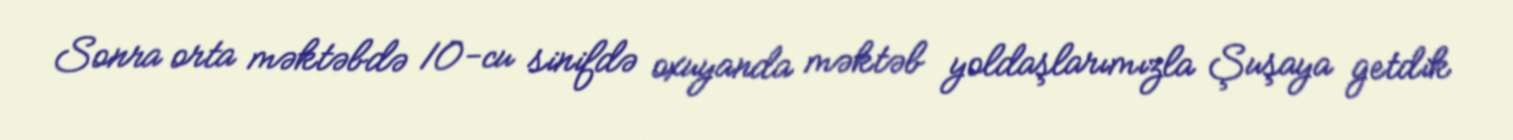
Sonra orta məktəbdə 10-cu sinifdə oxuyanda məktəb yoldaşlarımızla Şuşaya getdik